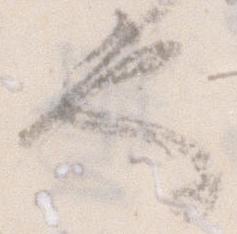
也